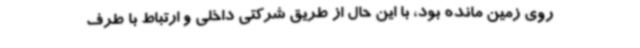
روی زمین مانده بود، با این حال از طریق شرکتی داخلی و ارتباط با طرف